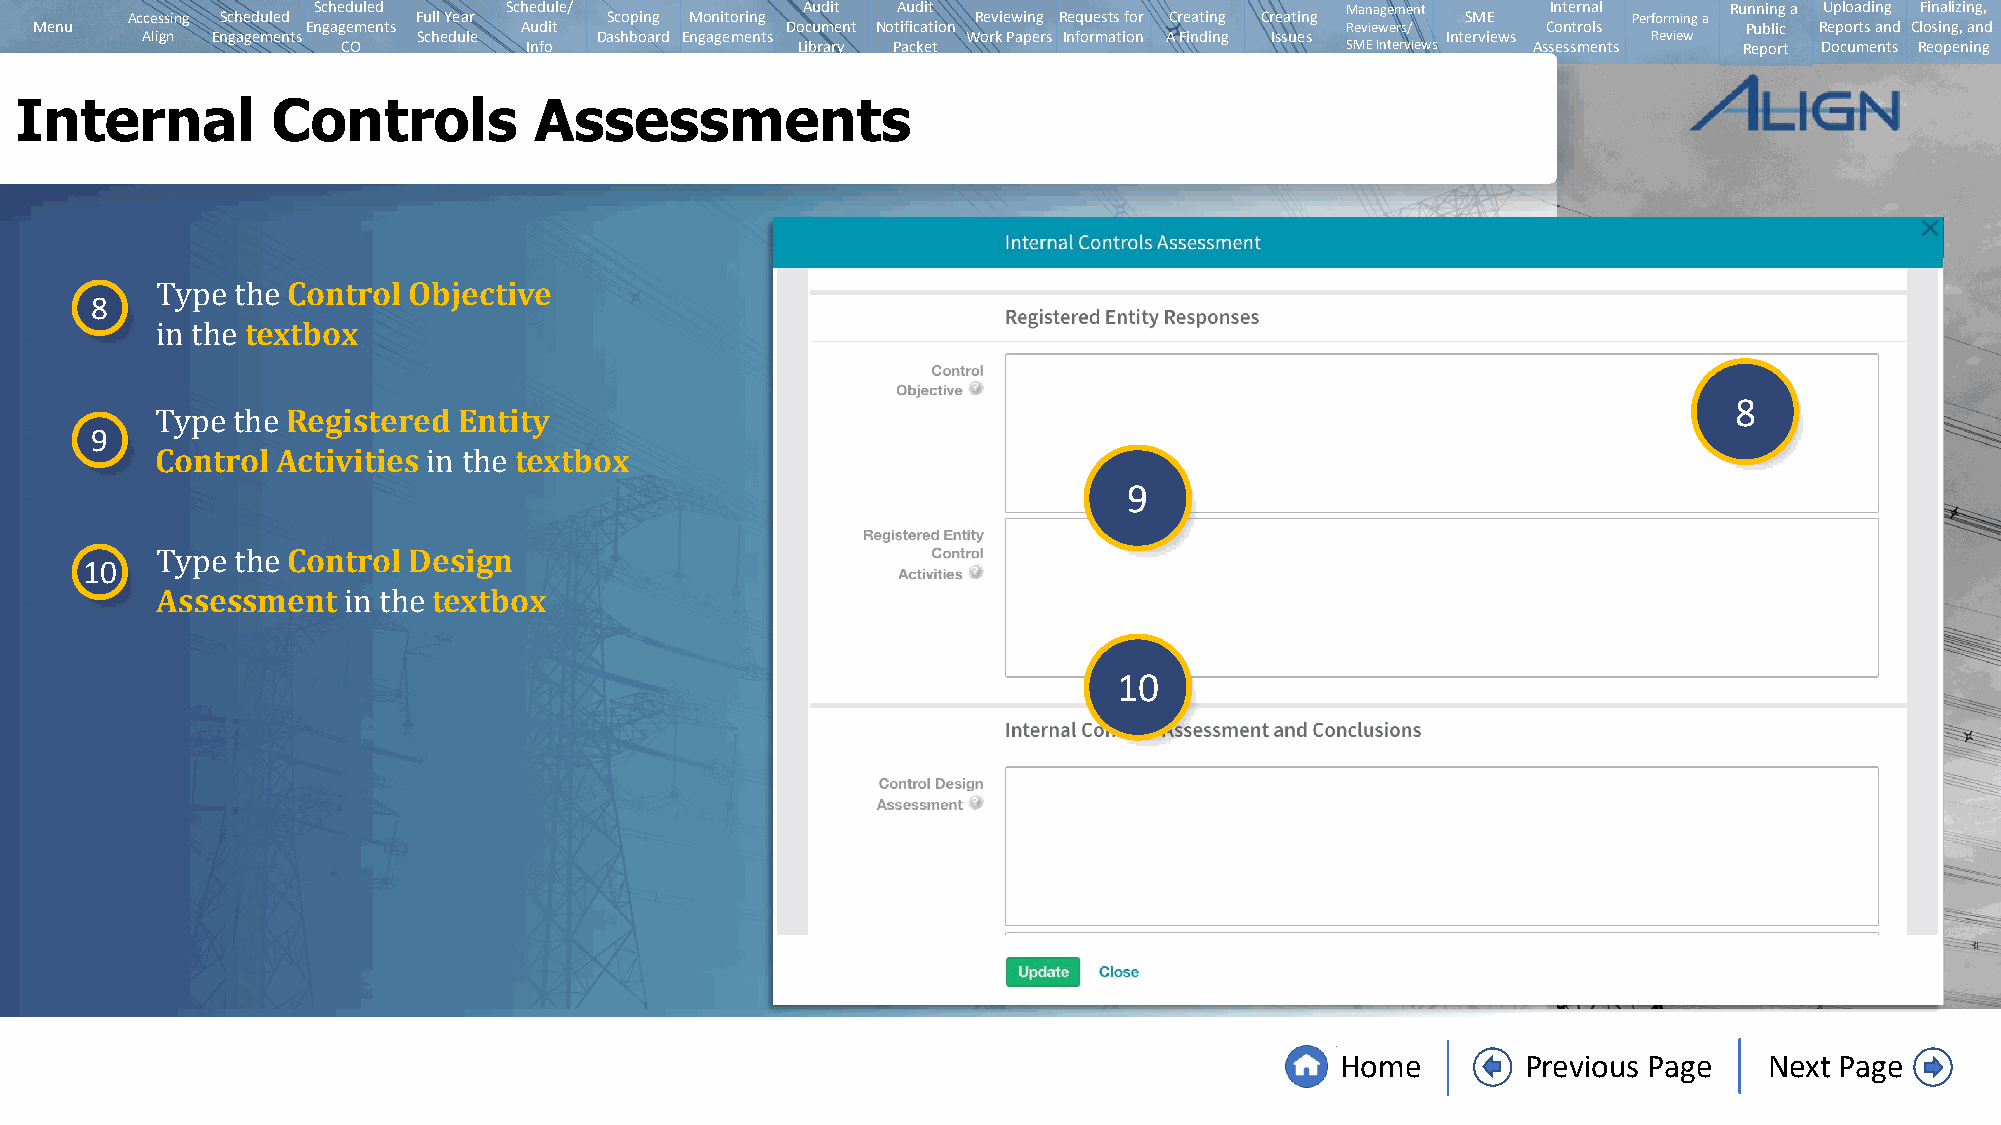
Scheduled   Schedule/           Audit Audit                         Management    Internal   Running a Uploading Finalizing,
 Accessing Scheduled Full Year   Scoping Monitoring       Reviewing Requests for Creating Creating SME Performing a
 Menu              Engagements   Audit             Document Notification                Reviewers/   Controls      Public Reports and Closing, and
 Align Engagements  Schedule   Dashboard Engagements    Work Papers Information A Finding Issues Interviews Review
 CO          Info              Library Packet                      SMEInterviews Assessments Report Documents Reopening
 Internal         Controls         Assessments
 Control Objective
 8
 textbox
 Type  the
 in the                                                                                                   8
 Registered Entity
 9
 Control Activities      textbox
 Type the                                                         9
 in the
 Control Design
 10
 Assessment         textbox
 Type  the
 in the
 10
 Home        Previous Page   Next Page